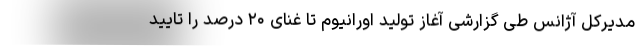
مدیرکل آژانس طی گزارشی آغاز تولید اورانیوم تا غنای ۲۰ درصد را تایید